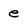
Character: e